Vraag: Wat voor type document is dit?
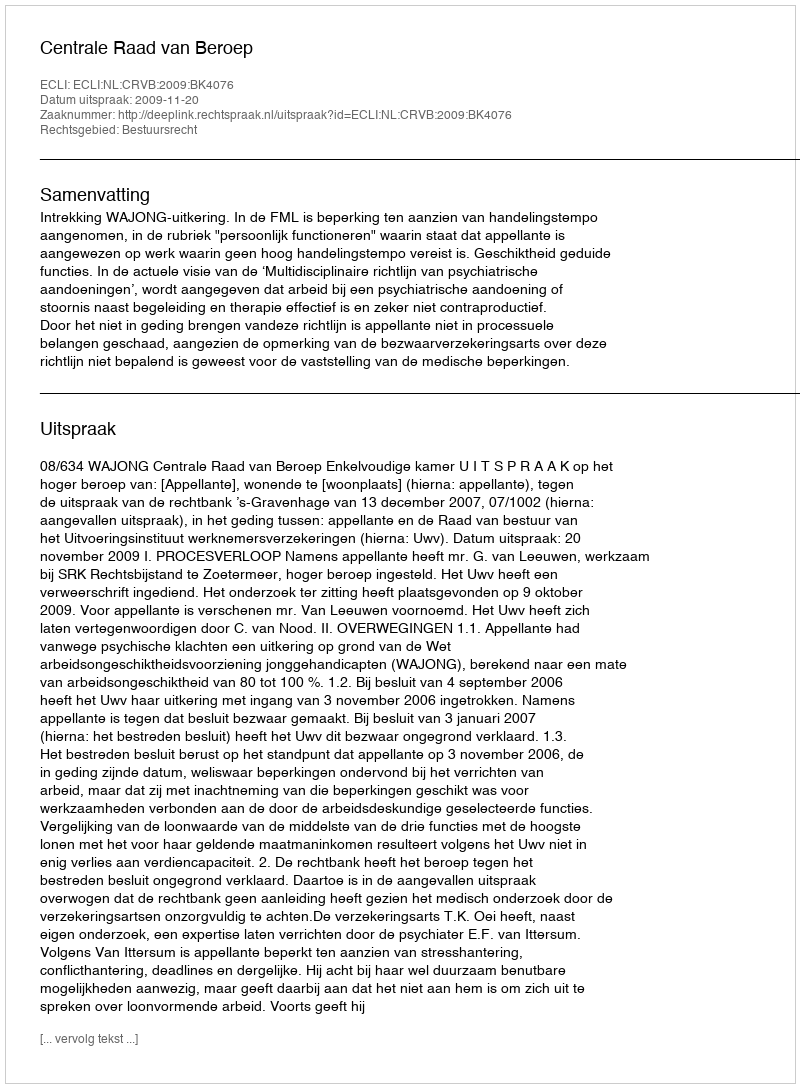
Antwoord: Uitspraak